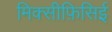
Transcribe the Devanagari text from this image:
मिक्सीफ़िसिई